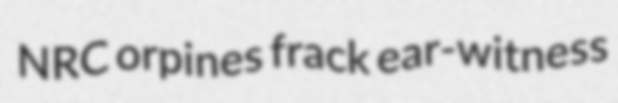
NRC orpines frack ear-witness